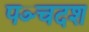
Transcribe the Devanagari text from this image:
पञ्चदश